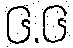
၆.၆